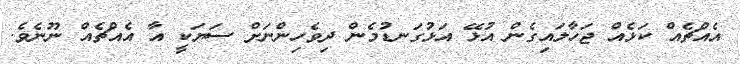
އެއްޗެއް ކަޅެއް ޖަހާލައިގެން އުޅޭ އަޅުގަނޑުމެން ދިވެހިންނަށް ސަޔަކީ އާ އެއްޗެއް ނޫނެވެ.